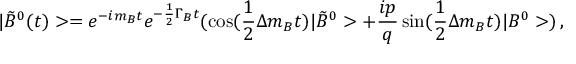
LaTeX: | \tilde { B } ^ { 0 } ( t ) > = e ^ { - i m _ { B } t } e ^ { - \frac { 1 } { 2 } \Gamma _ { B } t } ( \cos ( \frac { 1 } { 2 } \Delta m _ { B } t ) | \tilde { B } ^ { 0 } > + \frac { i p } { q } \sin ( \frac { 1 } { 2 } \Delta m _ { B } t ) | B ^ { 0 } > ) \, ,